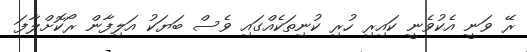
ރޭ ވަނީ އެކުވެނީ ކައިރި ހުރި ކުނިތަކެއްގައި ވެސް ބަޔަކު އަލިފާން ރޯކޮށްލާފަ